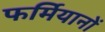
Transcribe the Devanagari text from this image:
फर्मियानों